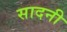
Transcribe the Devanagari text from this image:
सादनी